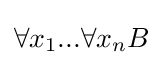
\forall x_{1}...\forall x_{n}B